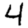
Digit: 4